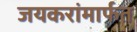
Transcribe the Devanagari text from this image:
जयकरांमार्फत